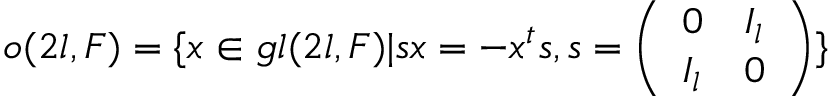
{ \mathfrak { o } } ( 2 l , F ) = \{ x \in { \mathfrak { g l } } ( 2 l , F ) | s x = - x ^ { t } s , s = { \left( \begin{array} { l l } { 0 } & { I _ { l } } \\ { I _ { l } } & { 0 } \end{array} \right) } \}